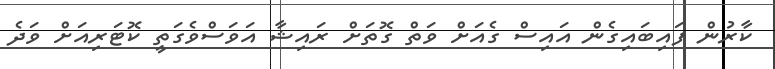
ކާރުން ފައިބައިގެން އައިސް ގެއަށް ވަތް ގޮތަށް ރައިޝާ އަވަސްވެގަތީ ކޮޓަރިއަށް ވަދެ